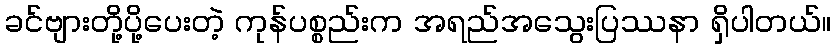
ခင်ဗျားတို့ပို့ပေးတဲ့ ကုန်ပစ္စည်းက အရည်အသွေးပြဿနာ ရှိပါတယ်။